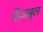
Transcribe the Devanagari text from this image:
हिज़बुल